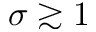
\sigma \gtrsim 1